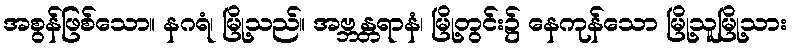
အစွန်ဖြစ်သော။ နဂရံ၊ မြို့သည်။ အဗ္ဘန္တရာနံ၊ မြို့တွင်း၌ နေကုန်သော မြို့သူမြို့သား